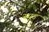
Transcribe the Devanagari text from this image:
स्यूड